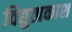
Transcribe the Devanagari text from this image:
विद्युत्प्रकाश